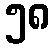
၅၈